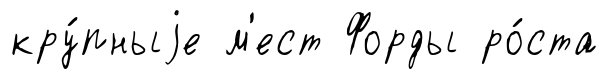
кру́пныjе м'ест Форды ро́ста